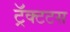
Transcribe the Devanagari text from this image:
ट्रॅक्टटस